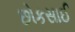
છોકસાઈ